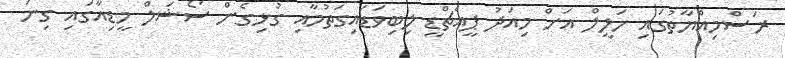
ރަސްމިއްޔާތުގައި ހަލީލް އަށް މިއަދު ޕީއެޗްޑީ ލިބިވަޑައިގަތުމާއި ގުޅިގެން ސޯޝަލް މީޑިއާގައި ގިނަ